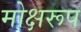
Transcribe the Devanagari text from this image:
मोक्षरूप